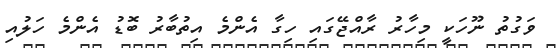
ވަގުތު ނޫހަކީ މިހާރު ރާއްޖޭގައި ހިގާ އެންމެ އިތުބާރު ބޮޑު އެންމެ ހަލުއި